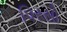
પિરસો